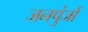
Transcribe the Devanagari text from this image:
जनपुंजों